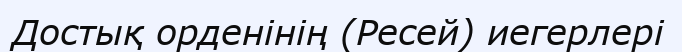
Достық орденінің (Ресей) иегерлері